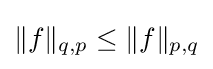
{\textstyle \|f\|_{q,p}\leq \|f\|_{p,q}}